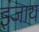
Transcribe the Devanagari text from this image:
इंजाय